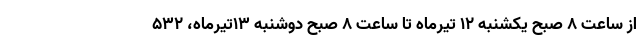
از ساعت ۸ صبح یکشنبه ۱۲ تیرماه تا ساعت ۸ صبح دوشنبه ۱۳‌تیرماه، ۵۳۲